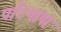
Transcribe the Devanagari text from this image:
परिभाषा